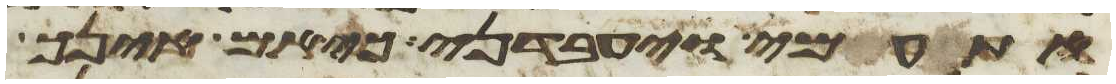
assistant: עמי ויעבדני כי אם אינך